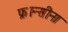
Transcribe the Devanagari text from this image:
फ्रान्सीना